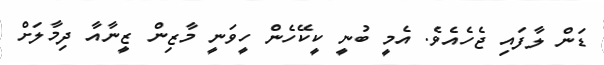
ޑަން ލާފައި ޖެހެއެވެ. އެމީ ބުނީ ކީކޭހެން ހީވަނީ މާޒިން ޒީނާއާ ދިމާލަށް